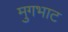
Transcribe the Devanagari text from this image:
मुगभाट